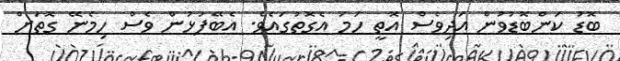
ބޮޑު ކަންބޮޑުވުން އަދިވެސް އޮތީ ހަމަ އެގޮތުގައެވެ. އެބޭފުޅުން ވެސް ހިމެނޭ ގޮތަށް